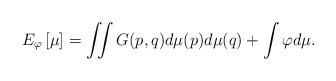
LaTeX: \begin{align*} E_\varphi\left[\mu\right] = \iint G(p,q) d\mu(p) d\mu(q) + \int \varphi d\mu. \end{align*}